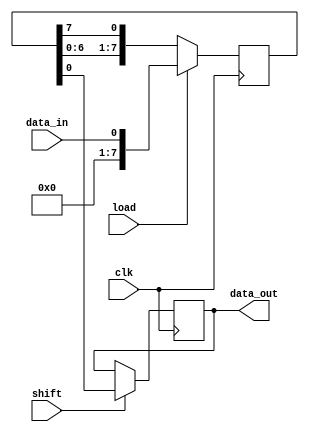
module shift_register (
  input wire clk,
  input wire load,
  input wire shift,
  input wire data_in,
  output reg data_out
);

reg [7:0] register; // 8-bit shift register

always @(posedge clk) begin
  if (load) begin
    register <= data_in; // load data into shift register
  end else begin
    register <= {register[6:0], register[7]}; // shift data through register
  end
  
  if (shift) begin
    data_out <= register[0]; // shift data out of register
  end
end

endmodule